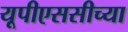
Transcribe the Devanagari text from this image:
यूपीएससीच्या